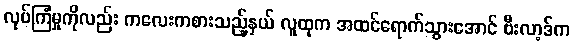
လုပ်ကြံမှုကိုလည်း ကလေးကစားသည့်နှယ် လူထုက အထင်ရောက်သွားအောင် ဗီးလာ့ဒ်က